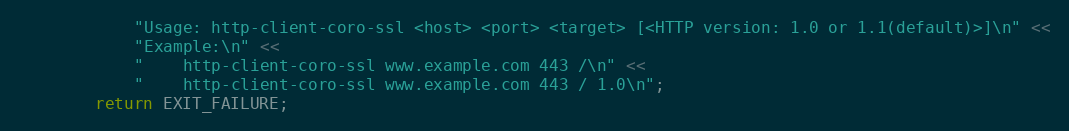
Language: C++
            "Usage: http-client-coro-ssl <host> <port> <target> [<HTTP version: 1.0 or 1.1(default)>]\n" <<
            "Example:\n" <<
            "    http-client-coro-ssl www.example.com 443 /\n" <<
            "    http-client-coro-ssl www.example.com 443 / 1.0\n";
        return EXIT_FAILURE;